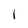
Character: 1